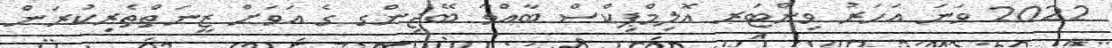
2022 ވަނަ އަހަރު ވިންޓަރ އޮލިމްޕިކްސް ބާއްވާ ބޭޖިންގ ގެ އަވަށް ޒީނަތްތެރިކުރަން